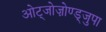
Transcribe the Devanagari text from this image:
ओट्जोज़ोण्ड्जुपा